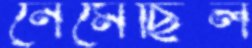
নেমেছিল